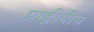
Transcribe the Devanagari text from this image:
प्राद्वीपीय